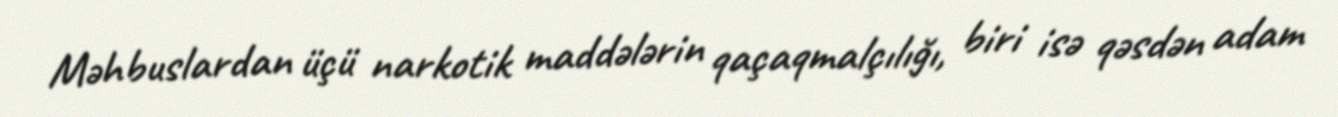
Məhbuslardan üçü narkotik maddələrin qaçaqmalçılığı, biri isə qəsdən adam